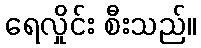
ရေလှိုင်း စီးသည်။